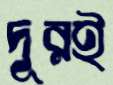
দূরই